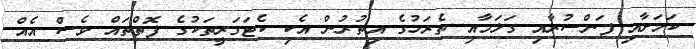
ކަމަށާއި ފަންސުރާއި ގަލަމާއި ތެރަހުގެ އިތުރުން އެކި ކެޓަގަރީތަކުގެ ފޮތްތައް ވެސް އެއް